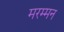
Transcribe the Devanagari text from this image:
मरम्मन